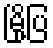
မြို့ပြ